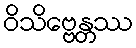
ဝိသိဗ္ဗေန္တဿ